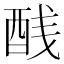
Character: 𬪨